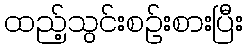
ထည့်သွင်းစဉ်းစားပြီး